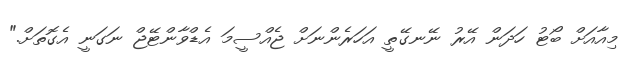
މިއާއަށް ބޯޓު ހަދަން އޭރު ނޭނގޭތީ އަހަރެންނަށް ޖެއްސީމަ އެޑްވާންޓޭޖް ނަގަނީ އެގޮތަށް."